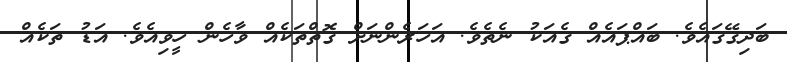
ބަދިގޭގައެވެ. ބައްޕައެއް ގެއަކު ނެތެވެ. އަހަރެންނަށް ގޮތްތަކެއް ވާހެން ހީވިއެވެ. އަޑު ތަކެއް